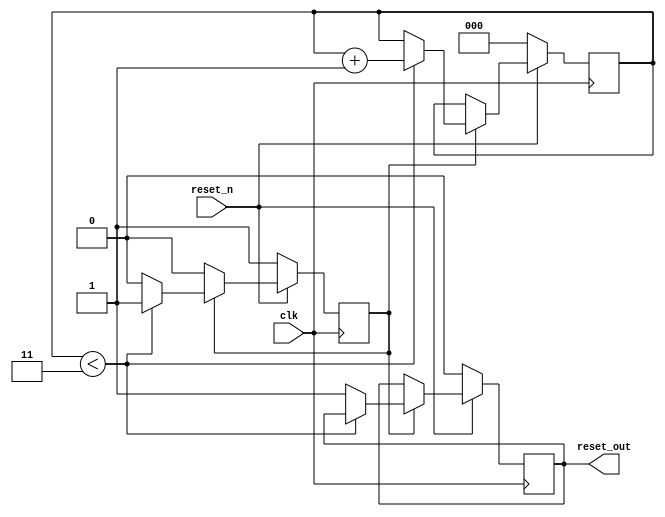
module PowerOnReset (
    input wire clk,          // Clock signal
    input wire reset_n,     // Active-low reset signal
    output reg reset_out     // Output reset signal
);

    // Parameter to configure the duration of the power-on reset
    parameter RESET_DURATION = 4; // Number of clock cycles for reset duration

    // State variable to count the number of clock cycles
    reg [2:0] counter; // 3 bits to count up to 7

    // State to indicate if the system is in reset
    reg in_reset;

    // Initial block to set the initial state
    initial begin
        reset_out = 1'b1; // System is not in reset initially
        counter = 3'b0;   // Initialize counter
        in_reset = 1'b1;  // Start in reset state
    end

    // Always block triggered on the rising edge of the clock
    always @(posedge clk) begin
        if (!reset_n) begin
            // If reset_n is low, assert reset_out
            reset_out <= 1'b0;
            counter <= 3'b0; // Reset counter
            in_reset <= 1'b1; // Indicate we are in reset
        end else if (in_reset) begin
            // If we are in reset state, count until the reset duration is reached
            if (counter < RESET_DURATION - 1) begin
                counter <= counter + 1; // Increment counter
            end else begin
                reset_out <= 1'b1; // Release reset
                in_reset <= 1'b0; // Transition to normal operation
            end
        end
    end

endmodule